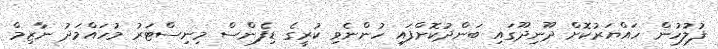
ފުލުހުން ހައްޔަރުކޮށް ދޫނިދޫގައި ބަންދުކޮށްފައި ހުންނެވި ކުރީގެ ޑިފެންސް މިނިސްޓަރު މުހައްމަދު ނާޒިމް